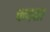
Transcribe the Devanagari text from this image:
चन्दवार